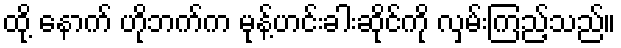
ထို့ နောက် ဟိုဘက်က မုန့်ဟင်းခါးဆိုင်ကို လှမ်းကြည့်သည်။